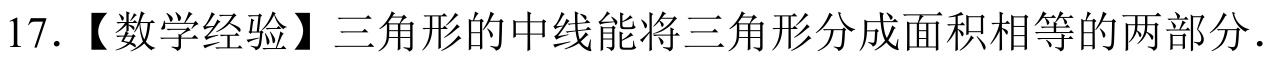
17.【数学经验】三角形的中线能将三角形分成面积相等的两部分.